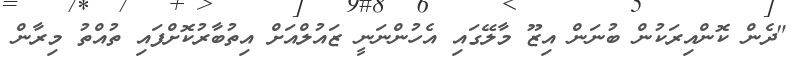
"ދެން ކޮންއިރަކުން ބުނަން އިޒޫ މާލޭގައި އެހުންނަނީ ޒައުލްއަށް އިތުބާރުކޮށްފައި ތުއްތު މިރާން